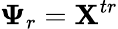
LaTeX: \boldsymbol{\Psi}_{r}=\mathbf{X}^{tr}